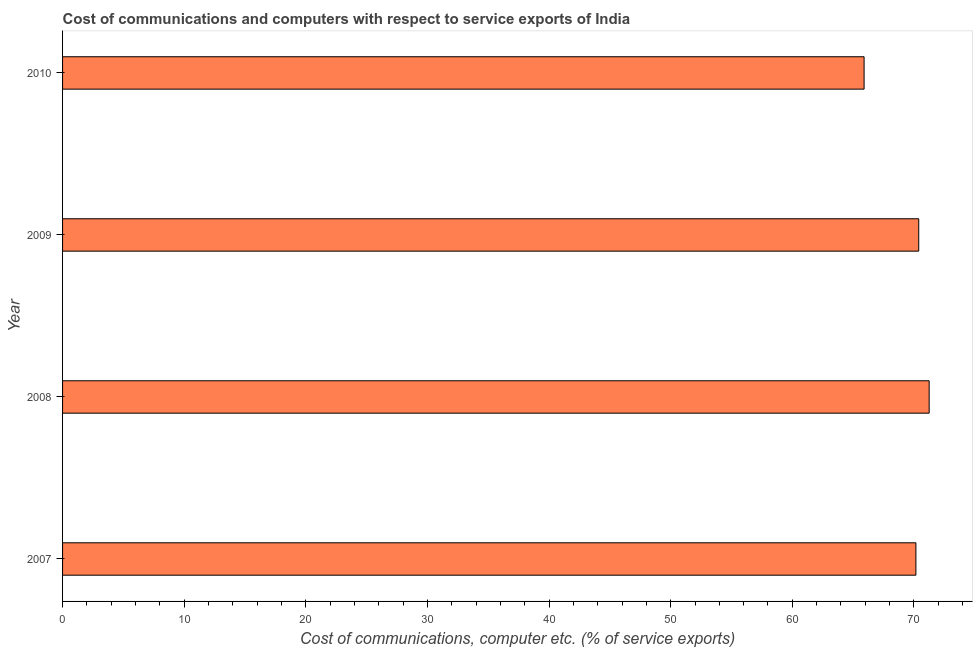
| Year | Communications |
 | --- | --- |
 | 2007 | 70.2 |
 | 2008 | 71.3 |
 | 2009 | 70.4 |
 | 2010 | 65.9 |